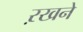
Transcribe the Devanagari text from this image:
ऱखने